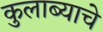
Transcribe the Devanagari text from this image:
कुलाब्याचे